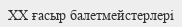
XX ғасыр балетмейстерлері